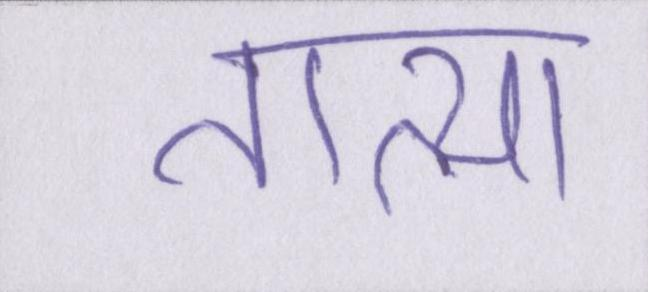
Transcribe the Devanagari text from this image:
तात्या